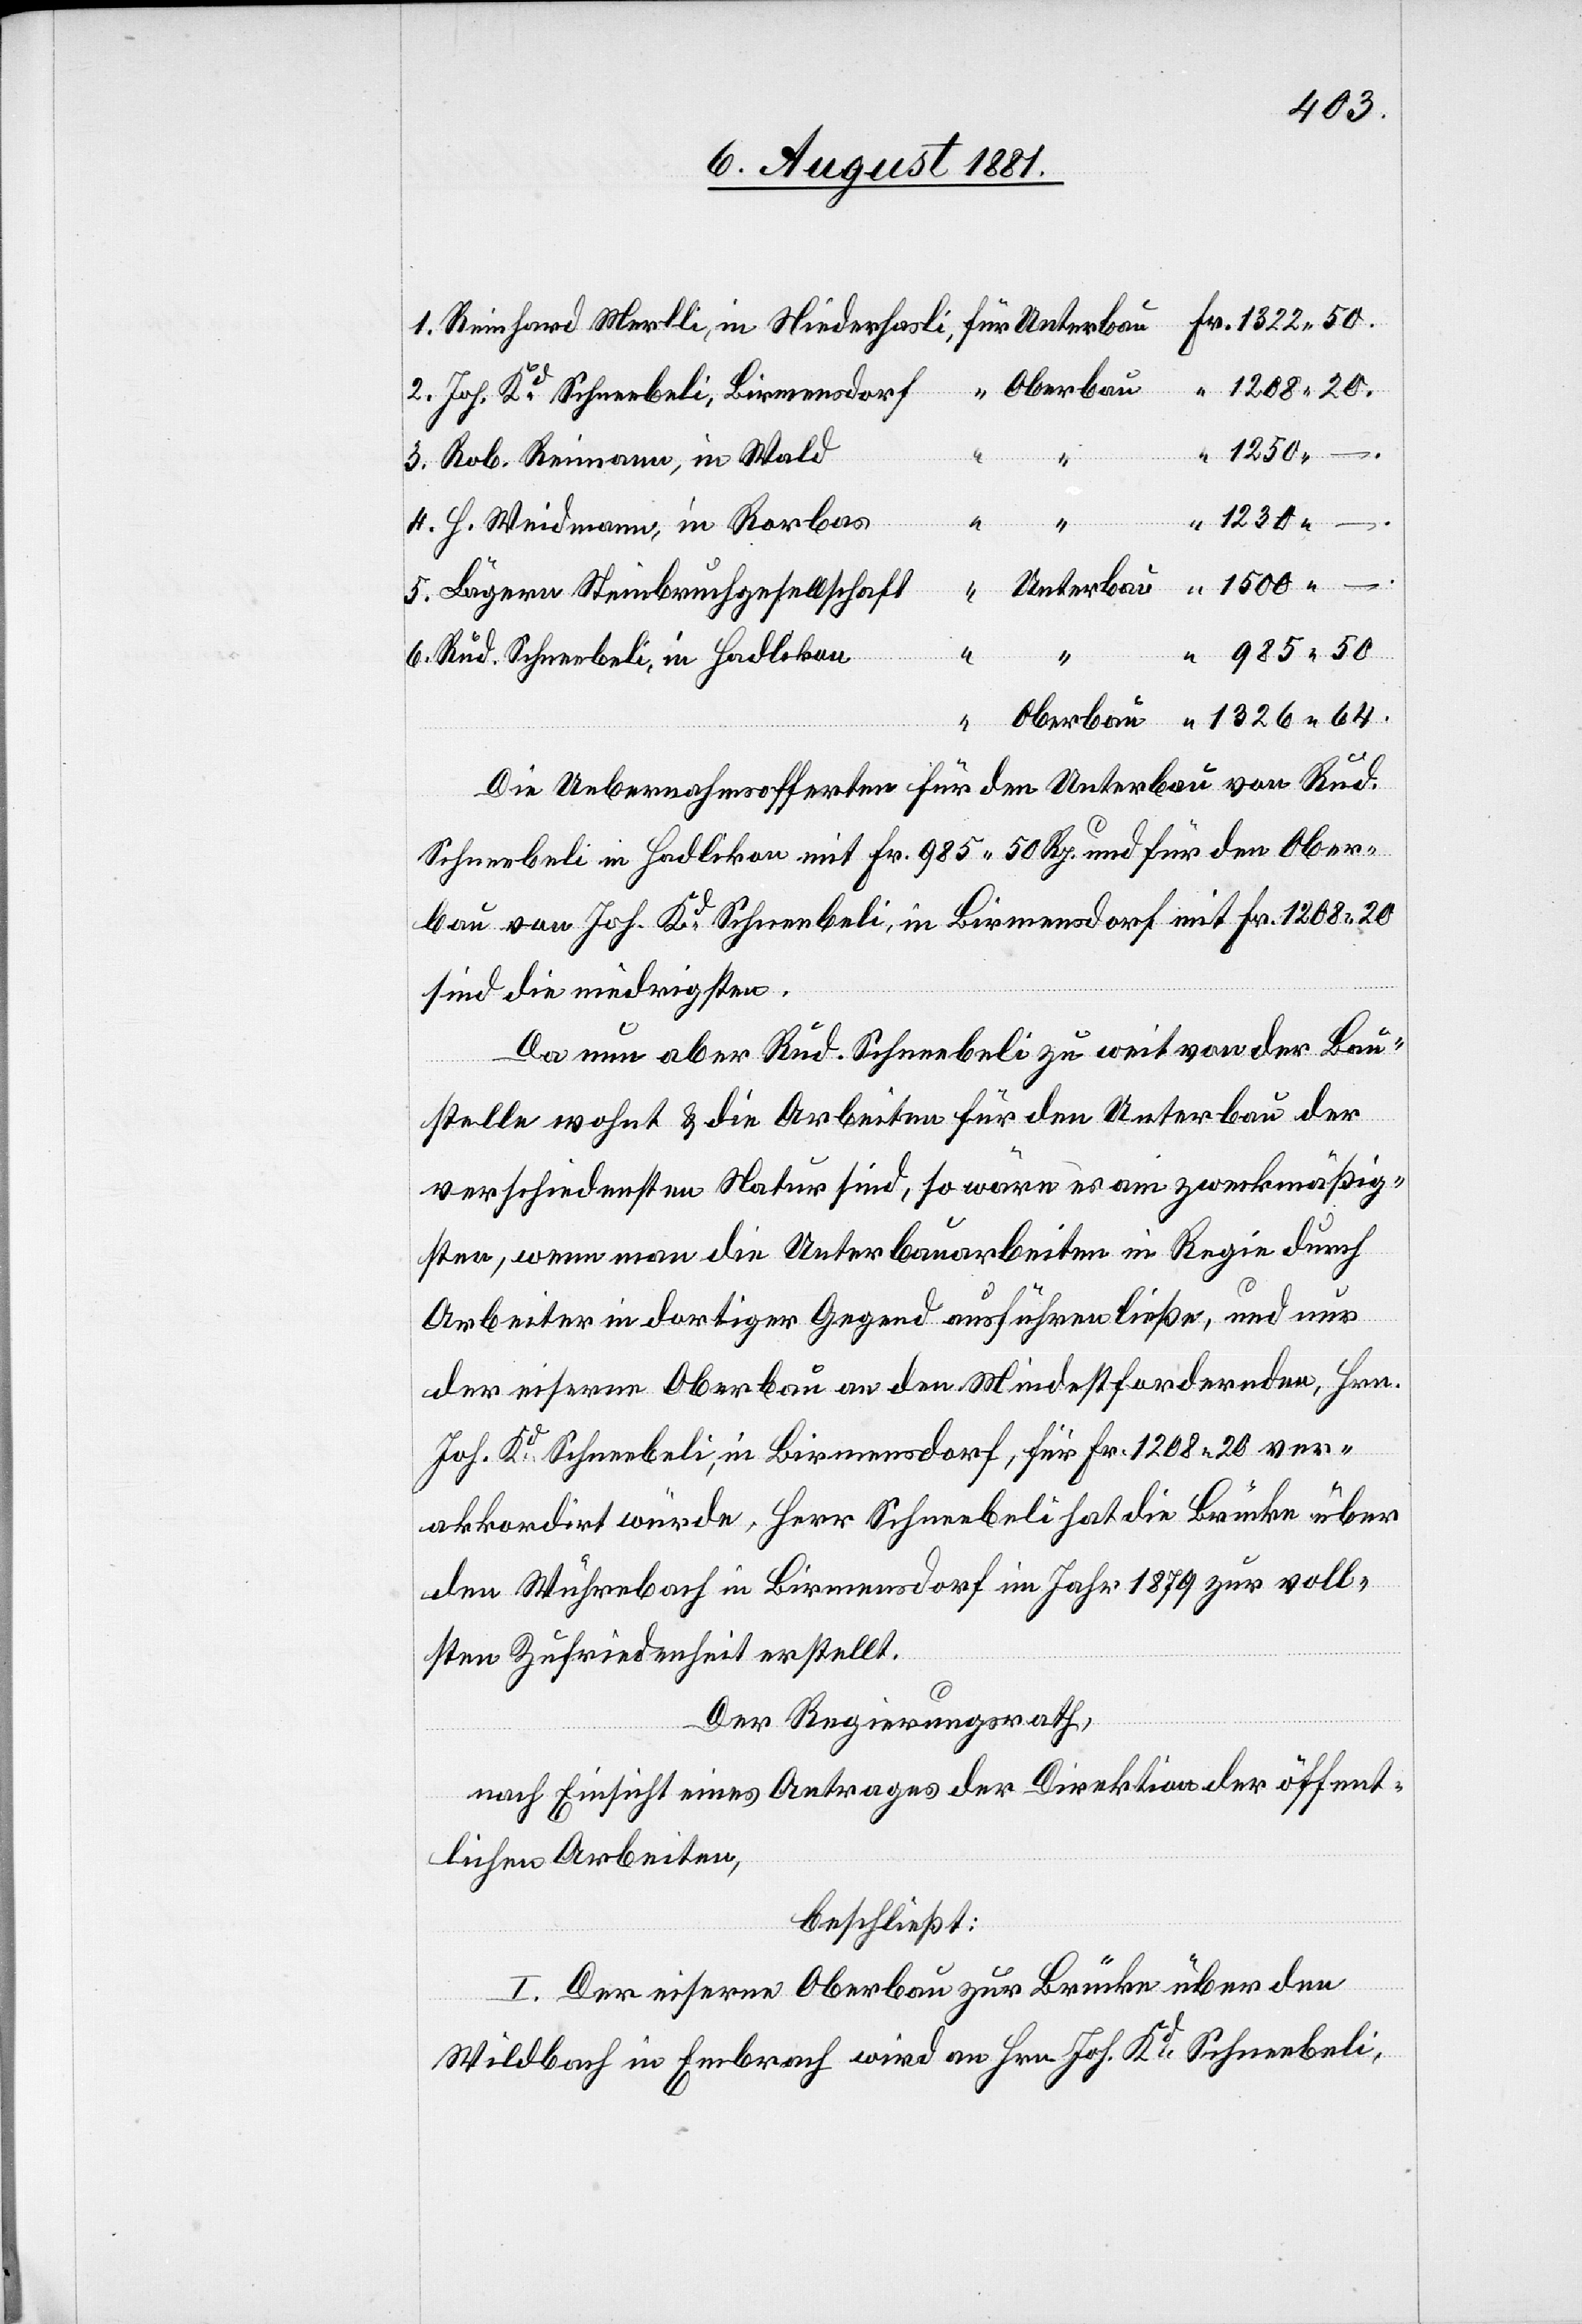
–
5.
Rob. Reimann, in Wald
Birmensdorf
3.
1230
H. Weidmann, in Rorbas
rbau
6.
Lägern Steinbruchgesellschaft
4.
Schneebeli,
Rud. Schneebeli, in Hadlikon
64.
Die Uebernahmsofferten für den Unterbau von Rud.
Schneebeli in Hadlikon mit Fr. 985 50 Rp. und für den Ober¬
bau von Joh. Kd Schneebeli, in Birmensdorf mit Fr. 1205 20
sind die niedrigsten.
1.
Da nun aber Rud. Schneebeli zu weit von der Bau¬
stelle wohnt & die Arbeiten für den Unterbau der
verschiedenster Natur sind, so wäre es am zweckmäßig¬
sten, wenn man die Unterbauarbeiten in Regie durch
Arbeiter in dortiger Gegend ausführen ließe, und nur
der eiserne Oberbau an den Mindestfordernden, Hrn.
Joh. Kd Schneebeli, in Birmensdorf, für Fr. 1208 20 ver¬
akkordirt würde, Herr Schneebeli hat die Brücke über
den Wuhrebach in Birmensdorf im Jahr 1879 zur voll¬
sten Zufriedenheit erstellt.
Der Regierungsrath,
nach Einsicht eines Antrages der Direktion der öffent¬
lichen Arbeiten,
beschließt:
I. Der eiserne Oberbau zur Brücke über den
Wildbach in Embrach wird an Hrn. Joh. Kd Schneebeli,